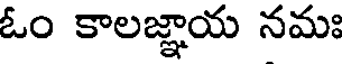
ఓం కాలజ్ఞాయ నమః